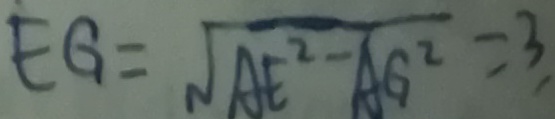
E G = \sqrt { A E ^ { 2 } - A G ^ { 2 } } = 3